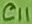
Text: C11